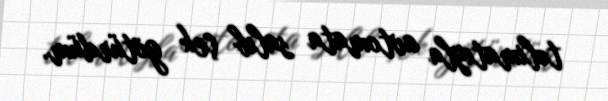
təlimatıyla avtomata salıb çek götürdüm.